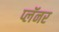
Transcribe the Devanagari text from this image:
प्लॅनर